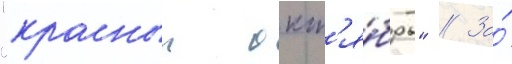
"красныи окт'я́брь" // За́